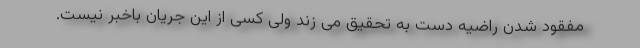
مفقود شدن راضیه دست به تحقیق می زند ولی کسی از این جریان باخبر نیست.